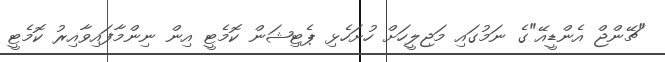
"ޗޭންޖް އެންޑީއޭ"ގެ ނަމުގައި މަޖިލީހަށް ހުށަހެޅި ޕެޓިޝަން ކޮމެޓީ އިން ނިންމާފައިވާއިރު ކޮމެޓީ